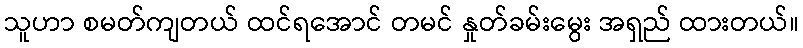
သူဟာ စမတ်ကျတယ် ထင်ရအောင် တမင် နှုတ်ခမ်းမွေး အရှည် ထားတယ်။